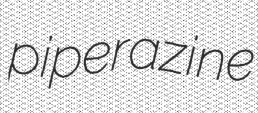
piperazine